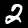
Label: 2